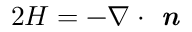
2 H = - \nabla \cdot \textbf { \em n }